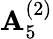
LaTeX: {\mathbf{A}}_{5}^{(2)}